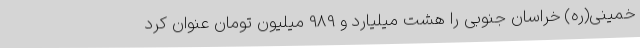
خمینی(ره) خراسان جنوبی را هشت میلیارد و 989 میلیون تومان عنوان کرد